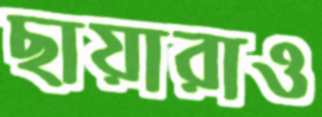
ছায়ারাও